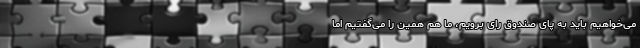
می‌خواهیم باید به پای صندوق رای برویم، ما هم همین را می‌گفتیم اما